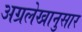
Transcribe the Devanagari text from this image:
अग्रलेखानुसार